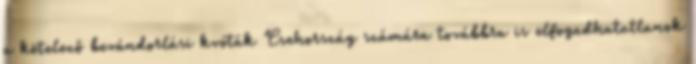
a kötelező bevándorlási kvóták Csehország számára továbbra is elfogadhatatlanok